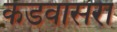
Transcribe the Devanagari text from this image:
कडवासरा